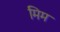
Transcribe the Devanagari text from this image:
मिम